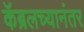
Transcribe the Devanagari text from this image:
कॅब्रलच्यानंतर